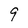
Character: 9